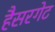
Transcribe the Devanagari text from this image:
हैसरगेट